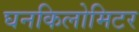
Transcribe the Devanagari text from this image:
घनकिलोमिटर